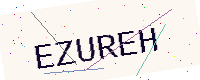
Text: EZUREH